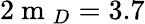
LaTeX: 2\mathrm{~m~}_{D}=3.7